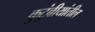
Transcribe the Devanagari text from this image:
कुटुंबीयांतील